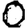
Digit: 0